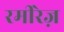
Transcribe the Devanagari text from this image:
रमीरेज़